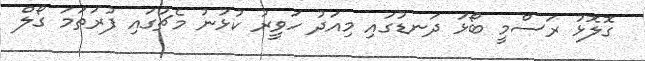
ގޮލޮޅު ރަސްމީ ބޯޅަ ދަނޑުގައި މިއަދު ހަވީރު ކުޅުނު މެޗުގައި ފުރަތަމަ ގޯލް